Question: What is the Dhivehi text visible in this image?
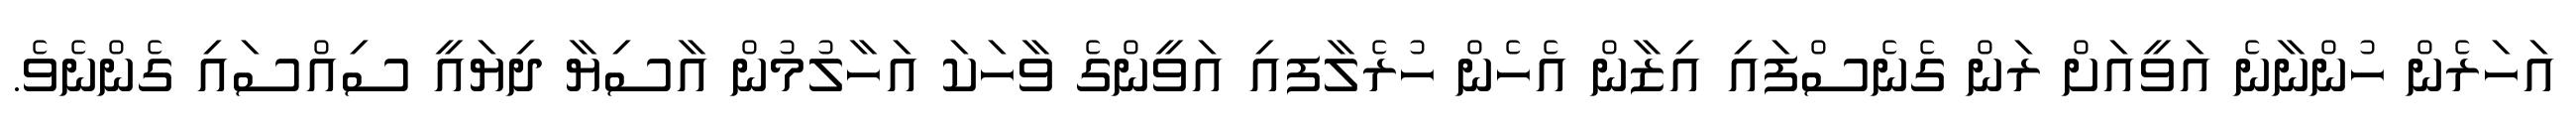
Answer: އަހަރެން ހުންނާނެ އަވީއަށް ރަން ގެނެސްފައި އިޒާން އެހެން ހުރެލާފއި އަވީންގެ ވާހަކަ އަހާލުމުން އާސިޔާ ދިޔައީ ސިއްސައި ގެންނެވެ.